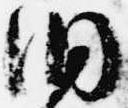
洞